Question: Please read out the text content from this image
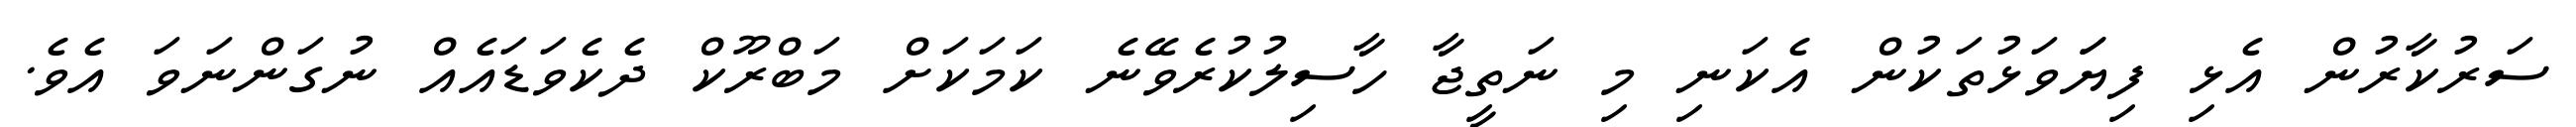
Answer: ސަރުކާރުން އެޅި ފިޔަަވަޅުތަކުން އެކަނި މި ނަތީޖާ ހާސިލުކުރެވޭނެ ކަމަކަށް މަބްރޫކް ދެކެވަޑައެއް ނުގަންނަވަ އެވެ.